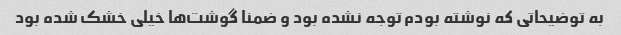
به توضیحاتی که نوشته بودم توجه نشده بود و ضمنا گوشت‌ها خیلی خشک شده بود